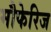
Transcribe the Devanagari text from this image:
मौफेरिज